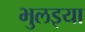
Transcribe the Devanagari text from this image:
भुलइया